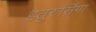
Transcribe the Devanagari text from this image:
हतुरुसिंगा